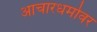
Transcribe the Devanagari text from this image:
आचारधर्मावर